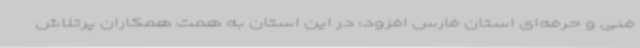
فنی و حرفه‌ای استان فارس افزود: در این استان به همت همکاران پرتلاش